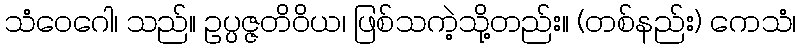
သံဝေဂေါ၊ သည်။ ဥပ္ပဇ္ဇတိဝိယ၊ ဖြစ်သကဲ့သို့တည်း။ (တစ်နည်း) ကေသံ၊